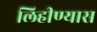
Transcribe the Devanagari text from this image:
लिहीण्यास